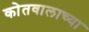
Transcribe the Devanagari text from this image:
कोतवालाच्या